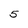
Character: 5